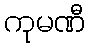
ကုမဏီ